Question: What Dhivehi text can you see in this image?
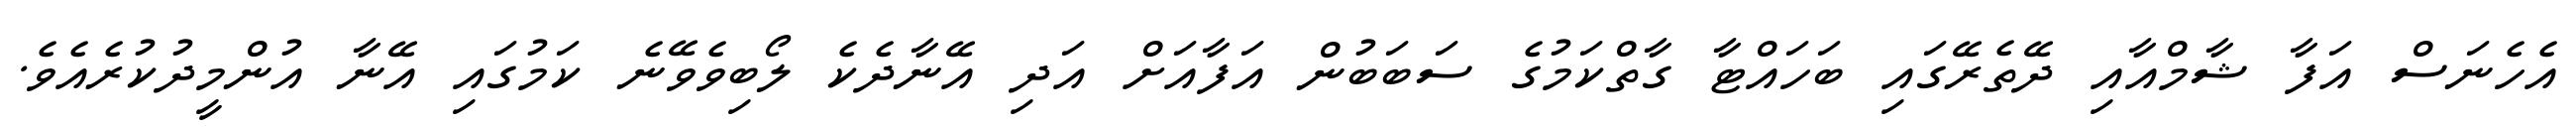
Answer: އެހެނަސް އަފާ ޝާމްއާއި ދޭތެރޭގައި ބަހައްޓާ ގާތްކަމުގެ ސަބަބުން އަފާއަށް އަދި އޭނާދެކެ ލޯބިވެވޭނެ ކަމުގައި އޭނާ އުންމީދުކުރެއެވެ.